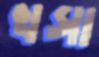
খসা